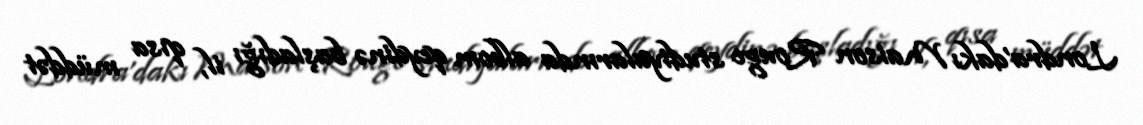
Londra'dakı Maison Rouge studiyalarında albom qeydinə başladığı il, qısa müddət